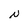
Character: N